Annual administration report of the Civil Veterinary Department of India - 1902-1903
Year: 1902
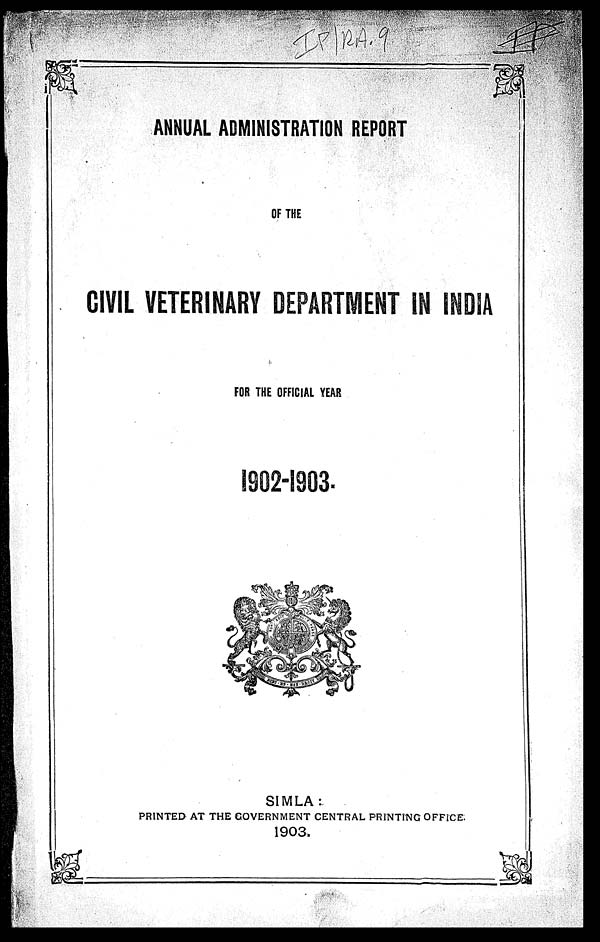
ANNUAL ADMINISTRATION REPORT
OF THE
VETERINARY DEPARTMENT IN INDIA
FOR THE OFFICIAL YEAR
1902-1903.
SIMLA:
PRINTED AT THE GOVERNMENT CENTRAL PRINTING OFFICE.
1903.